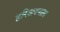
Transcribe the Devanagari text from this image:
हरिशयनव्रत